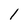
Character: 1